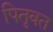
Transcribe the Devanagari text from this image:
पितृवत